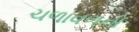
ચળાવળનો